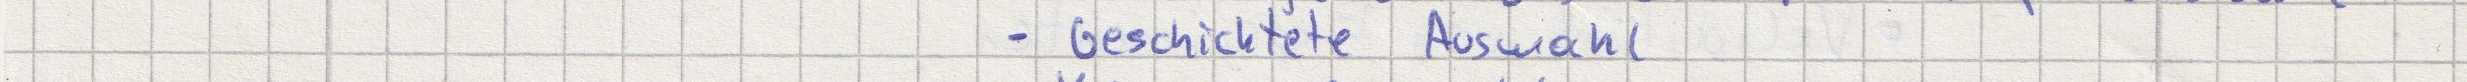
- Geschichtete Auswahl